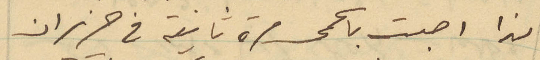
لذا اصبت بالحمى مرة ثانية في حزيران